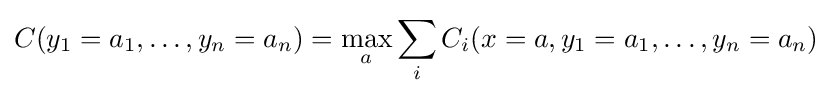
C(y_{1}=a_{1},\ldots ,y_{n}=a_{n})=\max _{a}\sum _{i}C_{i}(x=a,y_{1}=a_{1},\ldots ,y_{n}=a_{n})